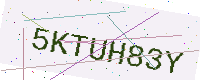
Text: 5KTUH83Y